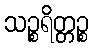
သဉ္စရိတ္တဉ္စ